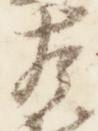
左